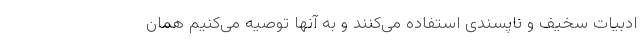
ادبیات سخیف و ناپسندی استفاده می‌کنند و به آنها توصیه می‌کنیم همان